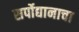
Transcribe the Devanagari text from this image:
सर्पोद्यानाचा